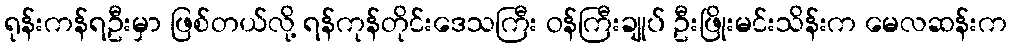
ရုန်းကန်ရဦးမှာ ဖြစ်တယ်လို့ ရန်ကုန်တိုင်းဒေသကြီး ဝန်ကြီးချုပ် ဦးဖြိုးမင်းသိန်းက မေလဆန်းက